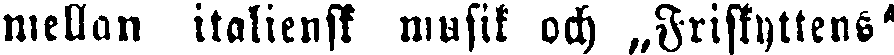
mellan italiensk musik och „Friskyttens"